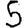
Digit: 5